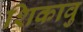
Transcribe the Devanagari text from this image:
शिकावु